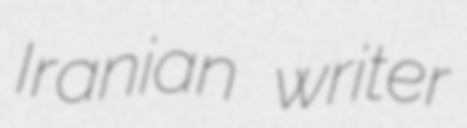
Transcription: Iranian writer